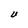
Character: U